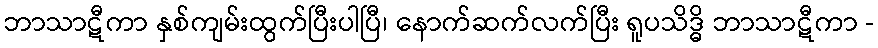
ဘာသာဋီကာ နှစ်ကျမ်းထွက်ပြီးပါပြီ၊ နောက်ဆက်လက်ပြီး ရူပသိဒ္ဓိ ဘာသာဋီကာ -